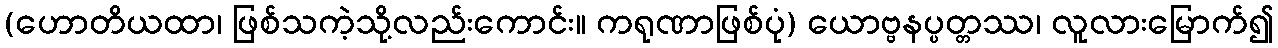
(ဟောတိယထာ၊ ဖြစ်သကဲ့သို့လည်းကောင်း။ ကရုဏာဖြစ်ပုံ) ယောဗ္ဗနပ္ပတ္တဿ၊ လူလားမြောက်၍